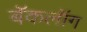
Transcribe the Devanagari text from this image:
बॅकलॉग